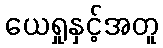
ယေရှုနှင့်အတူ